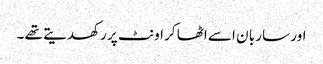
اور سار با ن اسے اٹھا کر اونٹ پر رکھدیتے تھے ۔